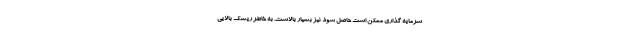
سرمایه گذاری ممکن است حاصل شود نیز بسیار بالاست. به خاطر ریسک بالایی